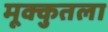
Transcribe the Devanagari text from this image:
मूक्कुतला